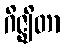
ဂိဇ္ဈိတာ